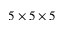
5 \times 5 \times 5